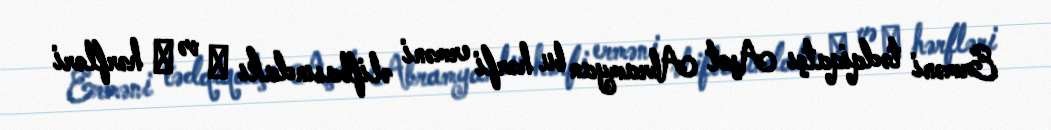
Erməni tədqiqatçı Aşot Abramyan bu hərfi erməni əlifbasındakı Ի və Խ hərfləri